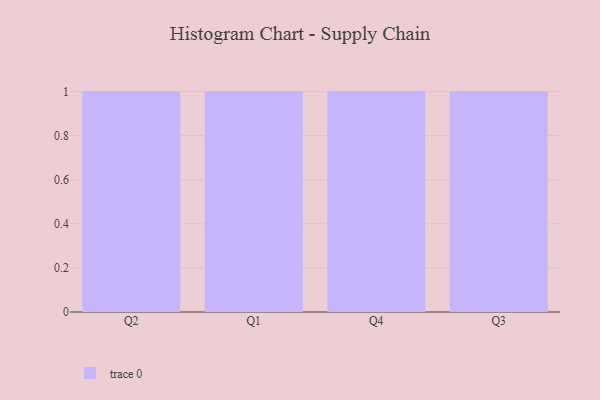
{"axis": {"x": "Quarter", "y": "Tickets Resolved"}, "legend": [""], "data": [{"x": "Q2", "y": 68, "type": ""}, {"x": "Q1", "y": 39, "type": ""}, {"x": "Q4", "y": 75, "type": ""}, {"x": "Q3", "y": 3, "type": ""}]}